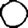
Digit: 0